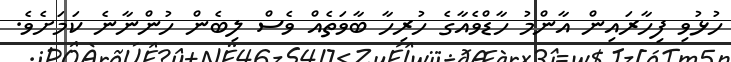
ހުޅުވި ފިހާރައިން އާންމު ހާޑްވެއާގެ ހުރިހާ ބާވަތެއް ވެސް ލިބެން ހުންނާނެ ކަމަށެވެ.